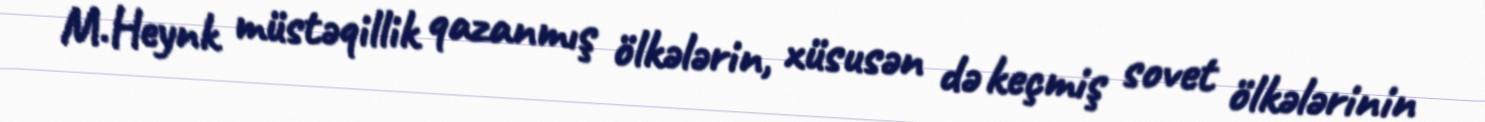
M.Heynk müstəqillik qazanmış ölkələrin, xüsusən də keçmiş sovet ölkələrinin